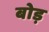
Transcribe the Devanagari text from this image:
बोड़